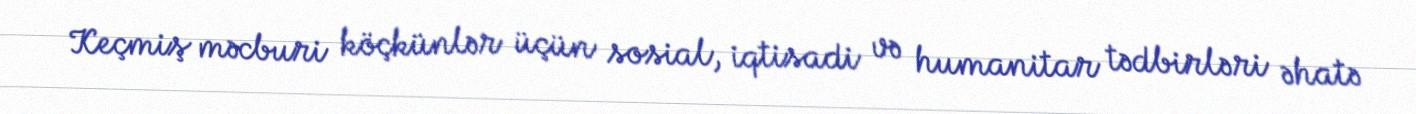
Keçmiş məcburi köçkünlər üçün sosial, iqtisadi və humanitar tədbirləri əhatə